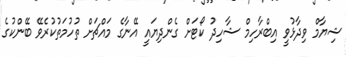
ޝިޔާމް ވިދާޅުވީ އިބްރާހިމް ޝާހިދު ކޯޓަށް ގެންދިޔައީ އޭނާގެ މައްޗަށް ތުހުމަތުކުރެވޭ ބޭންކުގެ